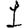
Digit: 1